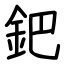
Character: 鈀